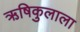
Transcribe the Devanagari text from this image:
ऋषिकुलाला